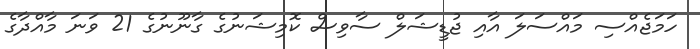
ހަމަޖެއްސި މައްސަލަ އާއި ޖުޑީޝަލް ސާވިސް ކޮމިޝަނުގެ ގާނޫނުގެ 21 ވަނަ މާއްދާގެ